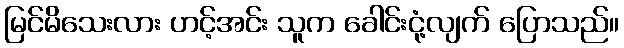
မြင်မိသေးလား ဟင့်အင်း သူက ခေါင်းငုံ့လျက် ပြောသည်။